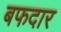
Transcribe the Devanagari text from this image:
बफदार